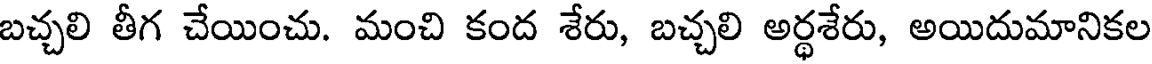
బచ్చలి తీగ చేయించు. మంచి కంద శేరు, బచ్చలి అర్థశేరు, అయిదుమానికల